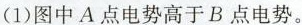
(1)图中A点电势高于B点电势。